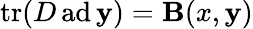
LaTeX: \operatorname{tr}(D\operatorname{ad}\mathbf{y})=\mathbf{B}(x,\mathbf{y})